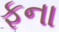
ફના